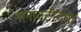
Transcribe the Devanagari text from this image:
नानावटींच्या